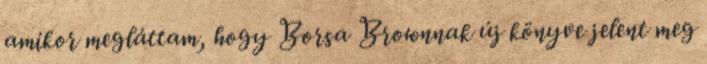
amikor megláttam, hogy Borsa Brownnak új könyve jelent meg